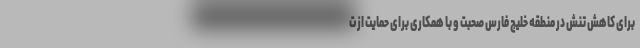
برای کاهش تنش در منطقه خلیج فارس صحبت و با همکاری برای حمایت از ت